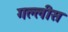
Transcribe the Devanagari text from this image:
गल्लीस